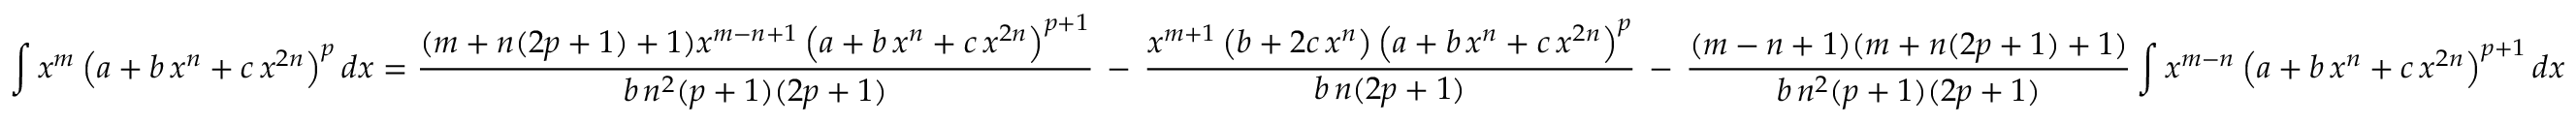
\int x ^ { m } \left( a + b \, x ^ { n } + c \, x ^ { 2 n } \right) ^ { p } d x = { \frac { ( m + n ( 2 p + 1 ) + 1 ) x ^ { m - n + 1 } \left( a + b \, x ^ { n } + c \, x ^ { 2 n } \right) ^ { p + 1 } } { b \, n ^ { 2 } ( p + 1 ) ( 2 p + 1 ) } } \, - \, { \frac { x ^ { m + 1 } \left( b + 2 c \, x ^ { n } \right) \left( a + b \, x ^ { n } + c \, x ^ { 2 n } \right) ^ { p } } { b \, n ( 2 p + 1 ) } } \, - \, { \frac { ( m - n + 1 ) ( m + n ( 2 p + 1 ) + 1 ) } { b \, n ^ { 2 } ( p + 1 ) ( 2 p + 1 ) } } \int x ^ { m - n } \left( a + b \, x ^ { n } + c \, x ^ { 2 n } \right) ^ { p + 1 } d x